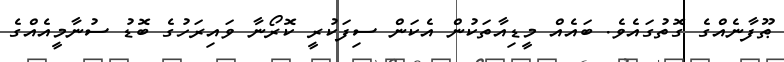
ޠޫފާނެއްގެ ގޮތުގައެވެ. ބައެއް މީޑިއާތަކުން އެކަން ސިފަކުރީ ކޮރޯނާ ވައިރަހުގެ ބޮޑު ސުނާމީއެއްގެ